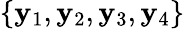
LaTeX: \{ \mathbf{y}_{1},\mathbf{y}_{2},\mathbf{y}_{3},\mathbf{y}_{4}\}